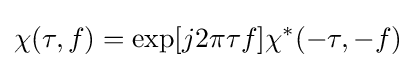
\chi (\tau ,f)=\exp[j2\pi \tau f]\chi ^{*}(-\tau ,-f)